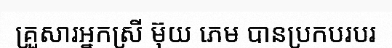
គ្រួសារអ្នកស្រី ម៊ុយ ភេម បានប្រកបរបរ